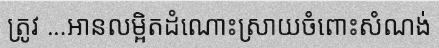
ត្រូវ ...អានលម្អិតដំណោះស្រាយចំពោះសំណង់